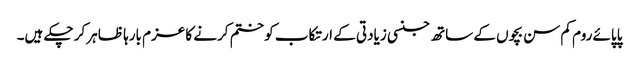
پاپائے روم کم سن بچوں کے ساتھ جنسی زیادتی کے ارتکاب کو ختم کرنے کا عزم بارہا ظاہر کر چکے ہیں۔